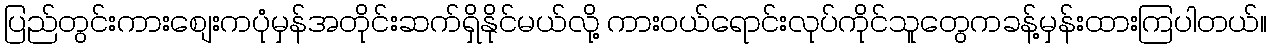
ပြည်တွင်းကားစျေးကပုံမှန်အတိုင်းဆက်ရှိနိုင်မယ်လို့ ကားဝယ်ရောင်းလုပ်ကိုင်သူတွေကခန့်မှန်းထားကြပါတယ်။